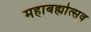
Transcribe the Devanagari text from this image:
महाबह्मोत्‍सव